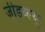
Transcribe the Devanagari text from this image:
जीडब्ल्यू